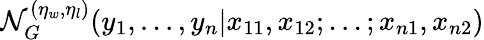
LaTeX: \mathcal{N}_{G}^{(\eta_{w},\eta_{l})}(y_{1},...,y_{n}\vert x_{11},x_{12};...;x_{n1},x_{n2})